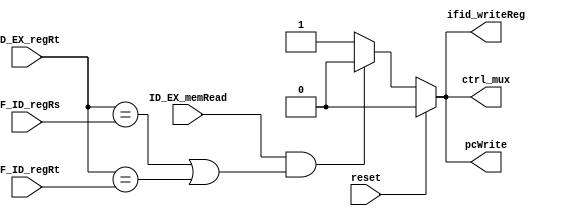
// Hazard Detection Unit //load-used hazard.

module hazardDetector(
		output reg ctrl_mux, pcWrite, ifid_writeReg,
        input [4:0] ID_EX_regRt, IF_ID_regRs, IF_ID_regRt,
		input ID_EX_memRead, reset);
	

always@(*) begin
	
	if(reset == 0) begin
		if((ID_EX_memRead == 1) && 
			((ID_EX_regRt == IF_ID_regRs) || (ID_EX_regRt == IF_ID_regRt)))
			begin
				ctrl_mux <= 0;
				pcWrite <= 0;
				ifid_writeReg <= 0;
			end

		
		else begin
				ctrl_mux <= 1;
				pcWrite <= 1;
				ifid_writeReg <= 1;				
			end
		end	
    else begin
		ctrl_mux <= 0;
		pcWrite <= 0;
		ifid_writeReg <= 0;
		end
end
endmodule